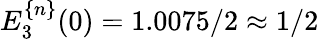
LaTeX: E_{3}^{\{ n\} }(0)=1.0075/2\approx 1/2